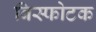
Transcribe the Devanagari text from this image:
बिस्फोटक